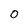
Character: 0